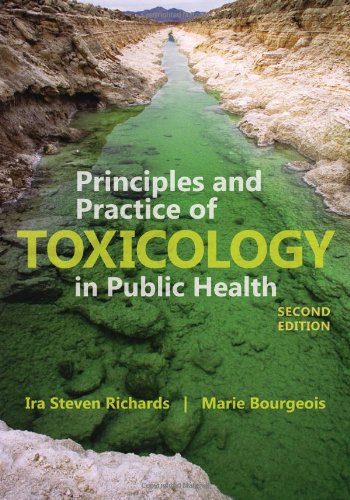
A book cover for Principles And Practice Of Toxicology In Public Health; Ira S. Richards; Medical Books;